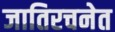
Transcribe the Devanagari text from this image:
जातिरचनेत